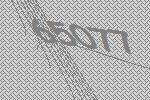
65077